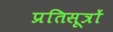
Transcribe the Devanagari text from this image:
प्रतिसूत्रों